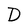
Character: D